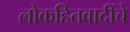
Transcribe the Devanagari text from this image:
लोकहितवादींचे